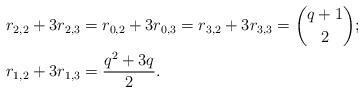
LaTeX: \begin{align*}& r_{2,2}+3r_{2,3} =r_{0,2}+3r_{0,3}=r_{3,2}+3r_{3,3} ={q+1 \choose 2};\\& r_{1,2}+3r_{1,3} = \frac{q^2+3q}{2}.\end{align*}